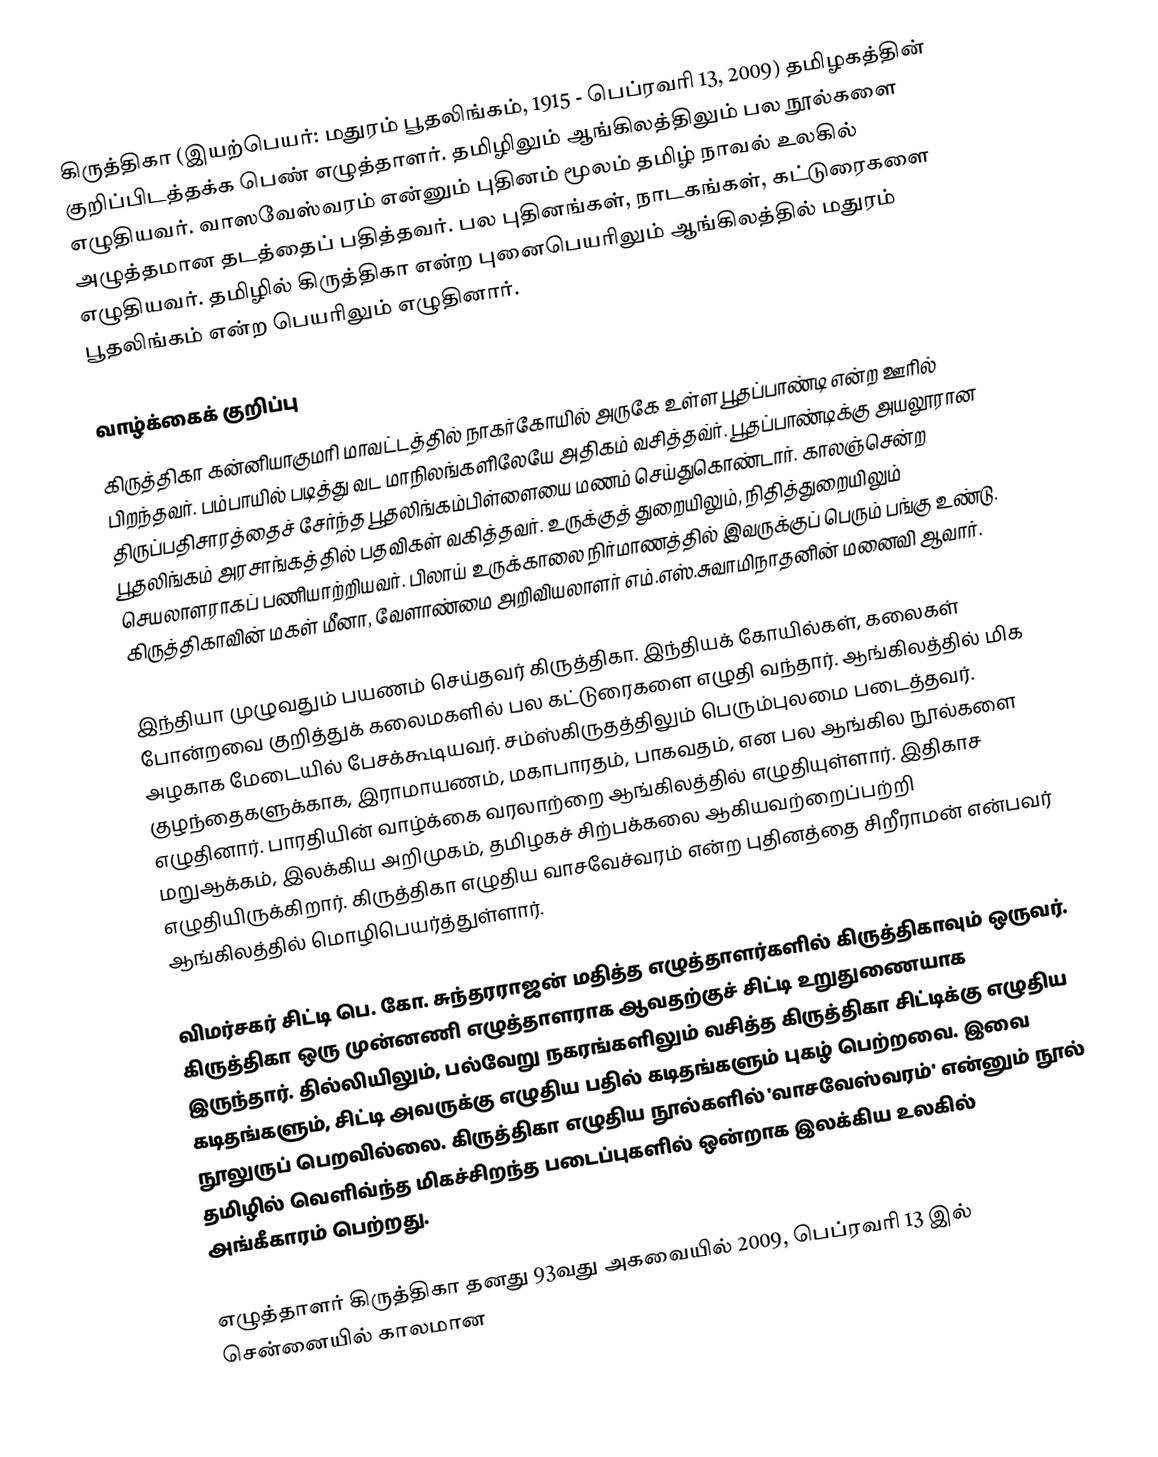
கிருத்திகா (இயற்பெயர்: மதுரம் பூதலிங்கம், 1915 - பெப்ரவரி 13, 2009) தமிழகத்தின் குறிப்பிடத்தக்க பெண் எழுத்தாளர். தமிழிலும் ஆங்கிலத்திலும் பல நூல்களை எழுதியவர். வாஸவேஸ்வரம் என்னும் புதினம் மூலம் தமிழ் நாவல் உலகில் அழுத்தமான தடத்தைப் பதித்தவர். பல புதினங்கள், நாடகங்கள், கட்டுரைகளை எழுதியவர். தமிழில் கிருத்திகா என்ற புனைபெயரிலும் ஆங்கிலத்தில் மதுரம் பூதலிங்கம் என்ற பெயரிலும் எழுதினார்.

வாழ்க்கைக் குறிப்பு
கிருத்திகா கன்னியாகுமரி மாவட்டத்தில் நாகர்கோயில் அருகே உள்ள பூதப்பாண்டி என்ற ஊரில் பிறந்தவர். பம்பாயில் படித்து வட மாநிலங்களிலேயே அதிகம் வசித்தவ்ர். பூதப்பாண்டிக்கு அயலூரான திருப்பதிசாரத்தைச் சேர்ந்த பூதலிங்கம்பிள்ளையை மணம் செய்துகொண்டார். காலஞ்சென்ற பூதலிங்கம் அரசாங்கத்தில் பதவிகள் வகித்தவர். உருக்குத் துறையிலும், நிதித்துறையிலும் செயலாளராகப் பணியாற்றியவர். பிலாய் உருக்காலை நிர்மாணத்தில் இவருக்குப் பெரும் பங்கு உண்டு. கிருத்திகாவின் மகள் மீனா, வேளாண்மை அறிவியலாளர் எம்.எஸ்.சுவாமிநாதனின் மனைவி ஆவார்.

இந்தியா முழுவதும் பயணம் செய்தவர் கிருத்திகா. இந்தியக் கோயில்கள், கலைகள் போன்றவை குறித்துக் கலைமகளில் பல கட்டுரைகளை எழுதி வந்தார். ஆங்கிலத்தில் மிக அழகாக மேடையில் பேசக்கூடியவர். சம்ஸ்கிருதத்திலும் பெரும்புலமை படைத்தவர். குழந்தைகளுக்காக, இராமாயணம், மகாபாரதம், பாகவதம், என பல ஆங்கில நூல்களை எழுதினார். பாரதியின் வாழ்க்கை வரலாற்றை ஆங்கிலத்தில் எழுதியுள்ளார். இதிகாச மறுஆக்கம், இலக்கிய அறிமுகம், தமிழகச் சிற்பக்கலை ஆகியவற்றைப்பற்றி எழுதியிருக்கிறார். கிருத்திகா எழுதிய வாசவேச்வரம் என்ற புதினத்தை சிறீராமன் என்பவர் ஆங்கிலத்தில் மொழிபெயர்த்துள்ளார்.

விமர்சகர் சிட்டி பெ. கோ. சுந்தரராஜன் மதித்த எழுத்தாளர்களில் கிருத்திகாவும் ஒருவர். கிருத்திகா ஒரு முன்னணி எழுத்தாளராக ஆவதற்குச் சிட்டி உறுதுணையாக இருந்தார். தில்லியிலும், பல்வேறு நகரங்களிலும் வசித்த கிருத்திகா சிட்டிக்கு எழுதிய கடிதங்களும், சிட்டி அவருக்கு எழுதிய பதில் கடிதங்களும் புகழ் பெற்றவை. இவை நூலுருப் பெறவில்லை. கிருத்திகா எழுதிய நூல்களில் 'வாசவேஸ்வரம்' என்னும் நூல் தமிழில் வெளிவ்ந்த மிகச்சிறந்த படைப்புகளில் ஒன்றாக இலக்கிய உலகில் அங்கீகாரம் பெற்றது.

எழுத்தாளர் கிருத்திகா தனது 93வது அகவையில் 2009, பெப்ரவரி 13 இல் சென்னையில் காலமான